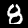
Digit: 8